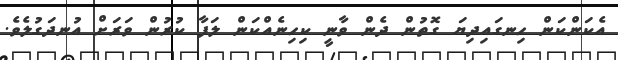
އެކަންކަން ހިނގައިދިޔަ ގޮތުން ދެން ވާނީ ކިހިނެއްކަން ލަފާ ކުރުން ވަރަށް އުނދަގުލެވެ.